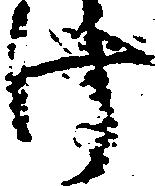
け